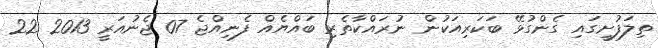
ތިލަފުށީގައި ގެންގުޅޭ ބަކަރިއަކުން ނުރައްކާތެރި ބައްޔެއް ފެނިއްޖެ 07 ޖެނުއަރީ 2013 22